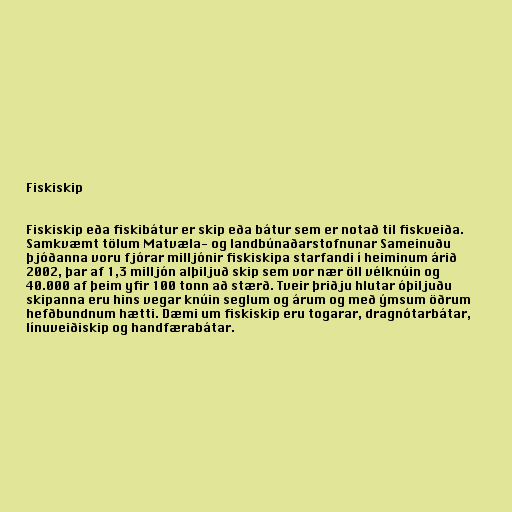
Fiskiskip

Fiskiskip eða fiskibátur er skip eða bátur sem er notað til fiskveiða.
Samkvæmt tölum Matvæla- og landbúnaðarstofnunar Sameinuðu
þjóðanna voru fjórar milljónir fiskiskipa starfandi í heiminum árið
2002, þar af 1,3 milljón alþiljuð skip sem vor nær öll vélknúin og
40.000 af þeim yfir 100 tonn að stærð. Tveir þriðju hlutar óþiljuðu
skipanna eru hins vegar knúin seglum og árum og með ýmsum öðrum
hefðbundnum hætti. Dæmi um fiskiskip eru togarar, dragnótarbátar,
línuveiðiskip og handfærabátar.